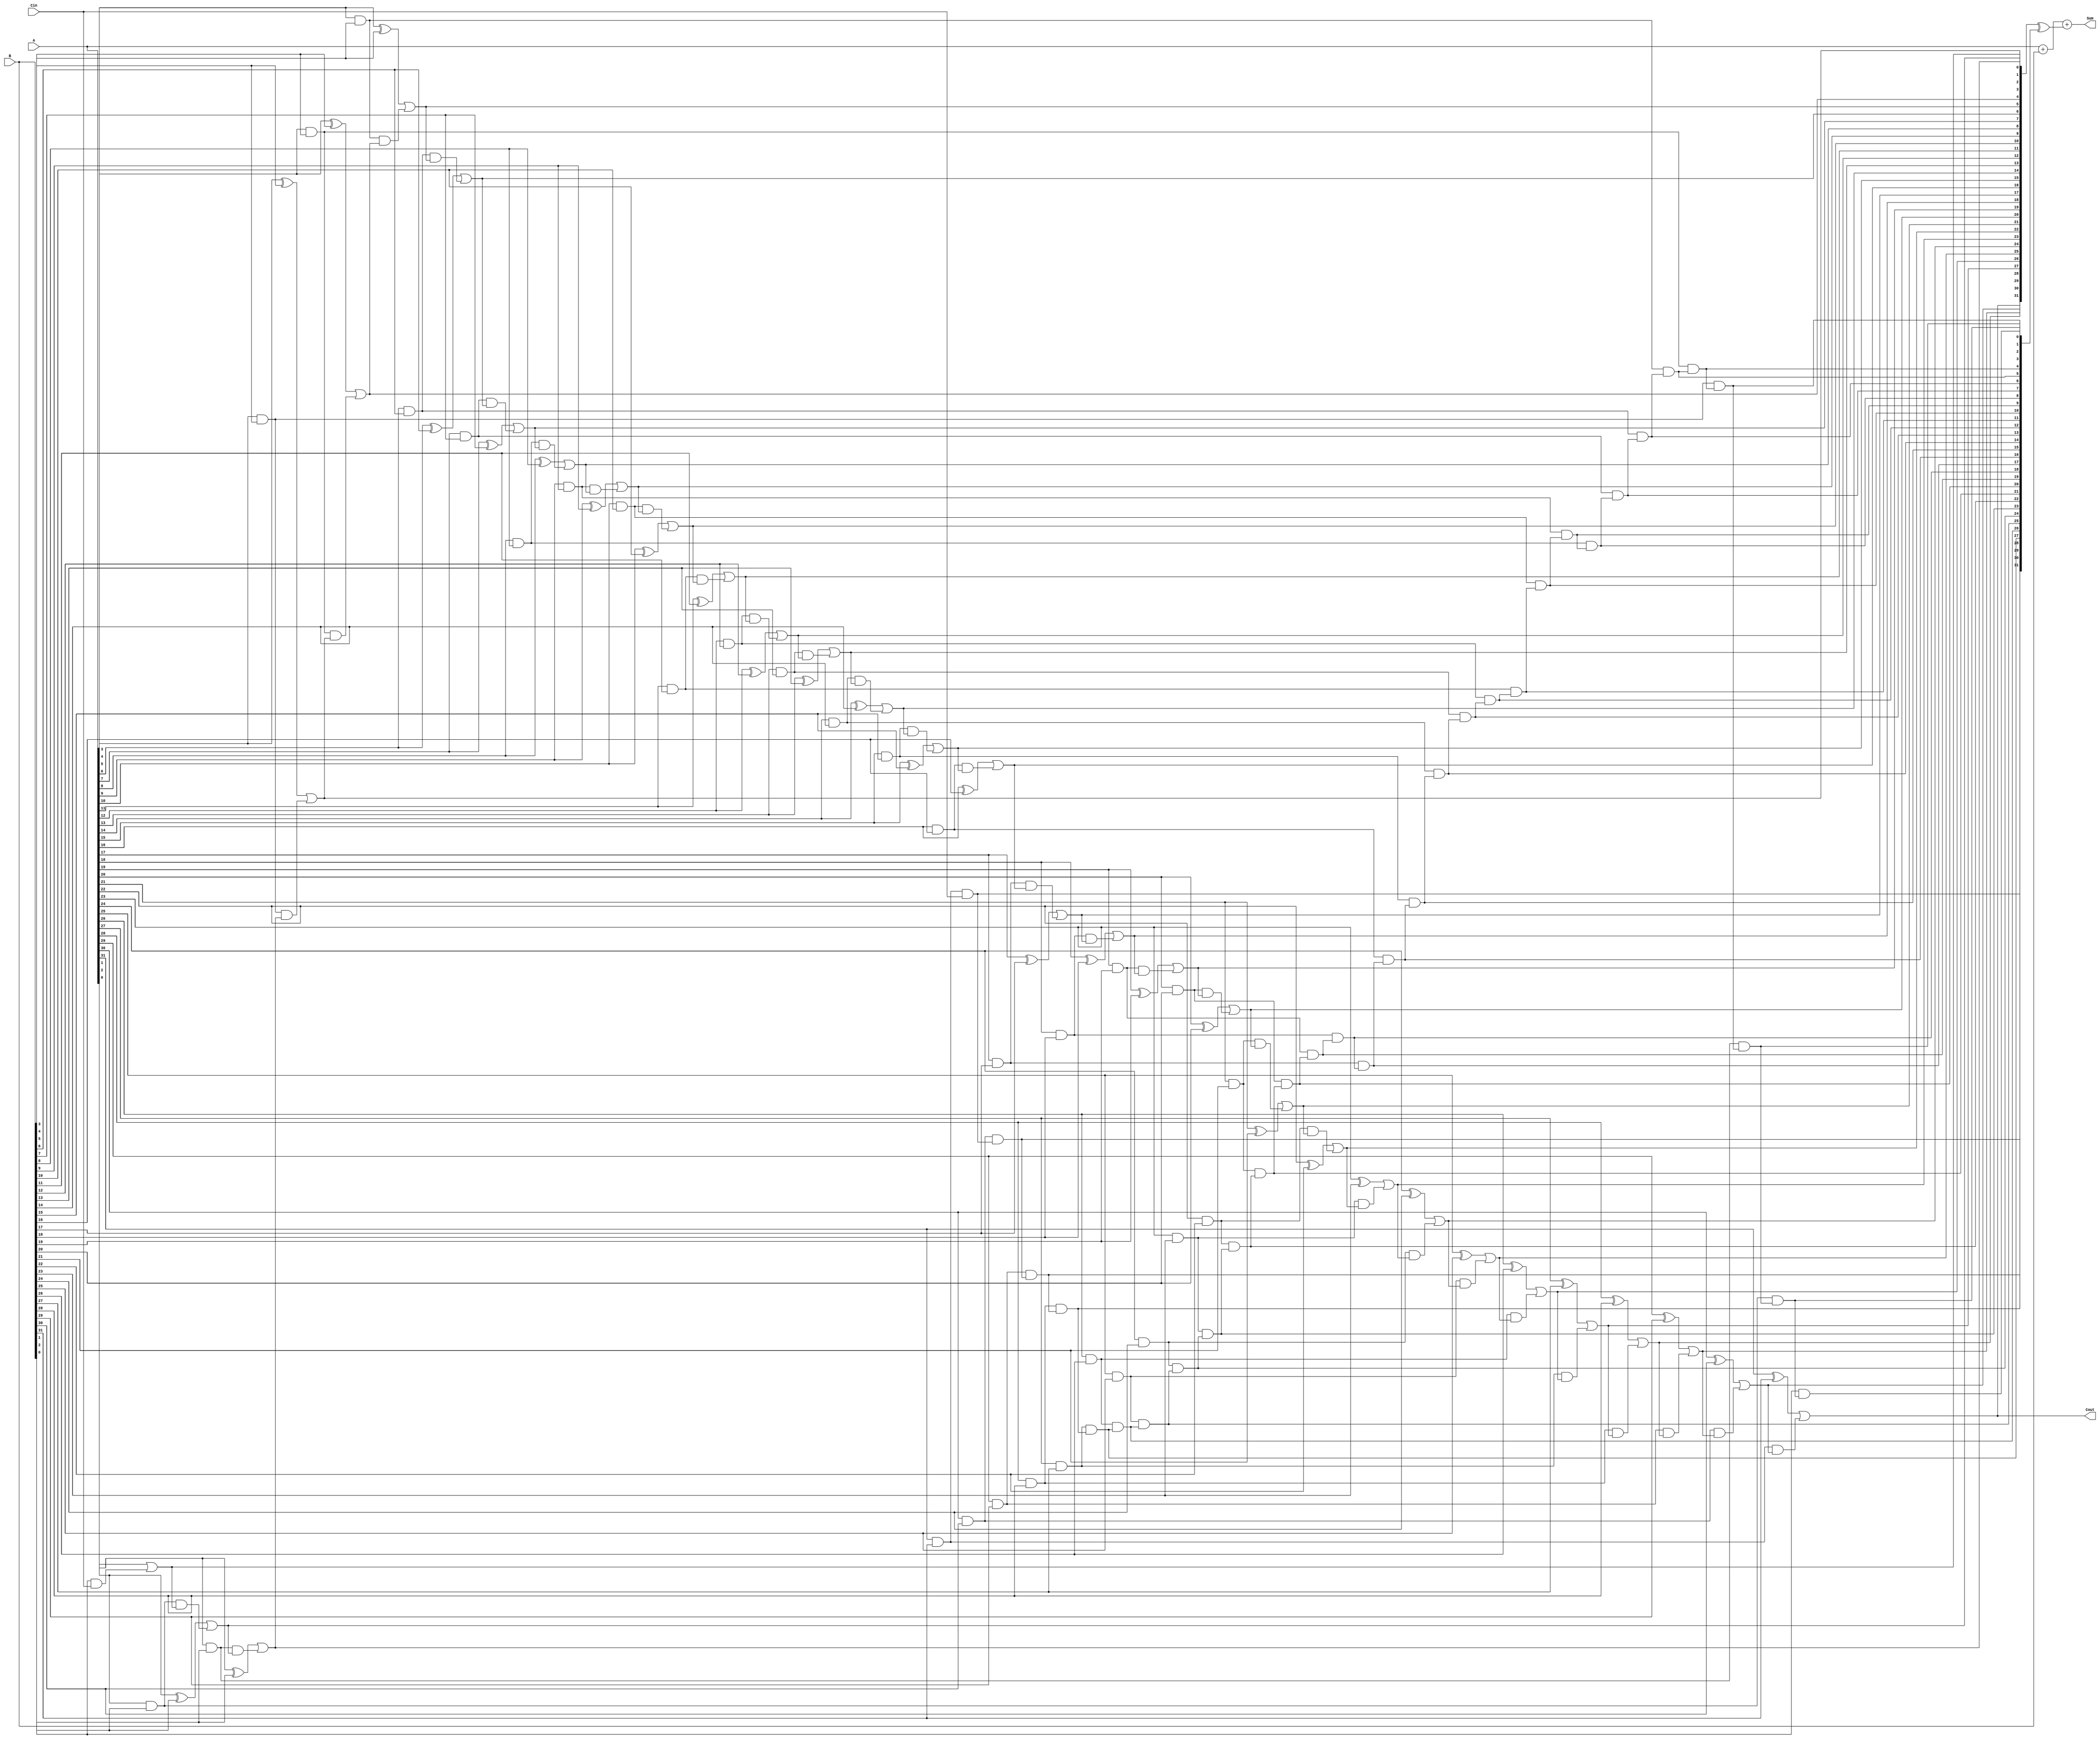
module CarrySelectAdder(
    input [31:0] A,
    input [31:0] B,
    input Cin,
    output [31:0] Sum,
    output Cout
);

wire [31:0] P, G;

assign {P[0], G[0]} = {A[0], B[0]};
genvar i;
generate
for(i = 1; i < 32; i = i+1) begin
    assign {P[i], G[i]} = {(A[i] ^ B[i]), (A[i] & B[i])};
end
endgenerate

wire [31:0] C1, C2;

assign C1[0] = P[0] | (G[0] & Cin);
genvar j;
generate
for(j = 1; j < 32; j = j+1) begin
    assign C1[j] = P[j] | (G[j] & C1[j-1]);
end
endgenerate

assign C2[31] = G[31] & Cin;
genvar k;
generate
for(k = 30; k >= 0; k = k-1) begin
    assign C2[k] = G[k] & C2[k+1];
end
endgenerate

assign Sum = A + B + (C1 ^ C2);
assign Cout = C1[31];

endmodule